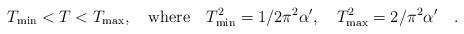
LaTeX: \begin{align*}T_{\rm min} < T < T_{\rm max} , \quad {\rm where} \quad T^2_{\rm min} = 1/2\pi^2 \alpha^{\prime },\quad T^2_{\rm max} = 2/\pi^2 \alpha^{\prime } \quad .\end{align*}